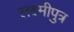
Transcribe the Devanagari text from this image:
लक्ष्मीपुत्र